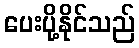
ပေးပို့နိုင်သည်